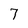
Character: 7